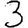
Digit: 3